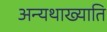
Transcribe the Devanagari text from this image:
अन्यथाख्याति